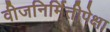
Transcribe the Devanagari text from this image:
वीजनिर्मितीपेक्षा